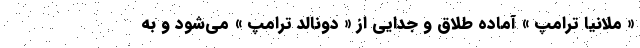
« ملانیا ترامپ » آماده طلاق و جدایی از « دونالد ترامپ » می‌شود و به